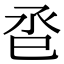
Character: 𢀷